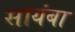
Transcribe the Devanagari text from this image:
सायंबा